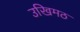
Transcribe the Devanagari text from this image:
उखिमठ